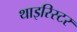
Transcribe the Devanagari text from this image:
थाइरिस्टर